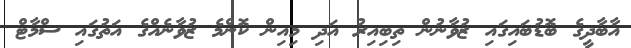
އާބާދީގެ ބޮޑުބައިގައި ޒުވާނުން ތިބިއިރު އަދި މިއިން ކޮންމެ ޒުވާނެއްގެ އަތުގައި ސްމާޓް